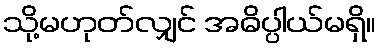
သို့မဟုတ်လျှင် အဓိပ္ပါယ်မရှိ။